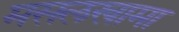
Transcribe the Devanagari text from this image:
मसलखामा